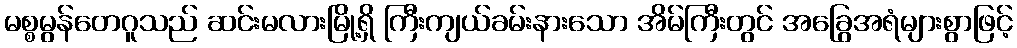
မစ္စမွန်တေဂူသည် ဆင်းမလားမြို့ရှိ ကြီးကျယ်ခမ်းနားသော အိမ်ကြီးတွင် အခြွေအရံများစွာဖြင့်